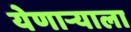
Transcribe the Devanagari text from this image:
येणार्‍याला